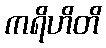
ကရိဟိတိ